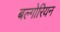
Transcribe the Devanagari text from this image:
बल्गोरियन